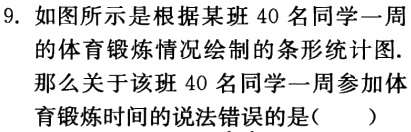
9. 如图所示是根据某班 40 名同学一周的体育锻炼情况绘制的条形统计图. 那么关于该班 40 名同学一周参加体育锻炼时间的说法错误的是(  )